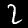
Digit: 2